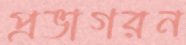
প্রভাগরন